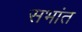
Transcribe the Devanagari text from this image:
सभांत